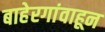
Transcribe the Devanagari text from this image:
बाहेरगांवाहून